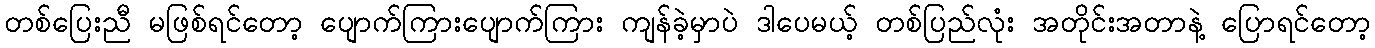
တစ်ပြေးညီ မဖြစ်ရင်တော့ ပျောက်ကြားပျောက်ကြား ကျန်ခဲ့မှာပဲ ဒါပေမယ့် တစ်ပြည်လုံး အတိုင်းအတာနဲ့ ပြောရင်တော့